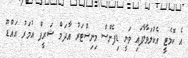
އެ ކޮމެޓީ އެކުލަވާލާފައި ވަނީ ޑިފެންސް މިނިސްޓަރު އާދަމް ޝަރީފް އުމަރު އައްޑޫ